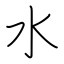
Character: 水